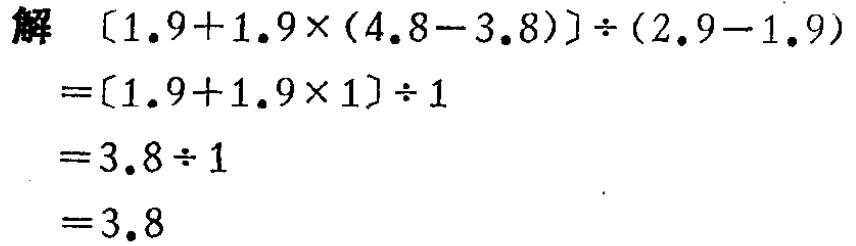
\[

\begin{align*}

&[1.9 + 1.9\times(4.8 - 3.8)]\div(2.9 - 1.9)\\

=&[1.9 + 1.9\times1]\div1\\

=&3.8\div1\\

=&3.8

\end{align*}

\]